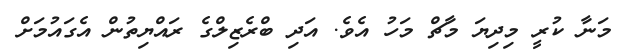
މަނާ ކުރީ މިދިޔަ މާޗް މަހު އެވެ. އަދި ބްރެޒިލްގެ ރައްޔިތުން އެގައުމަށް